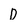
Character: D